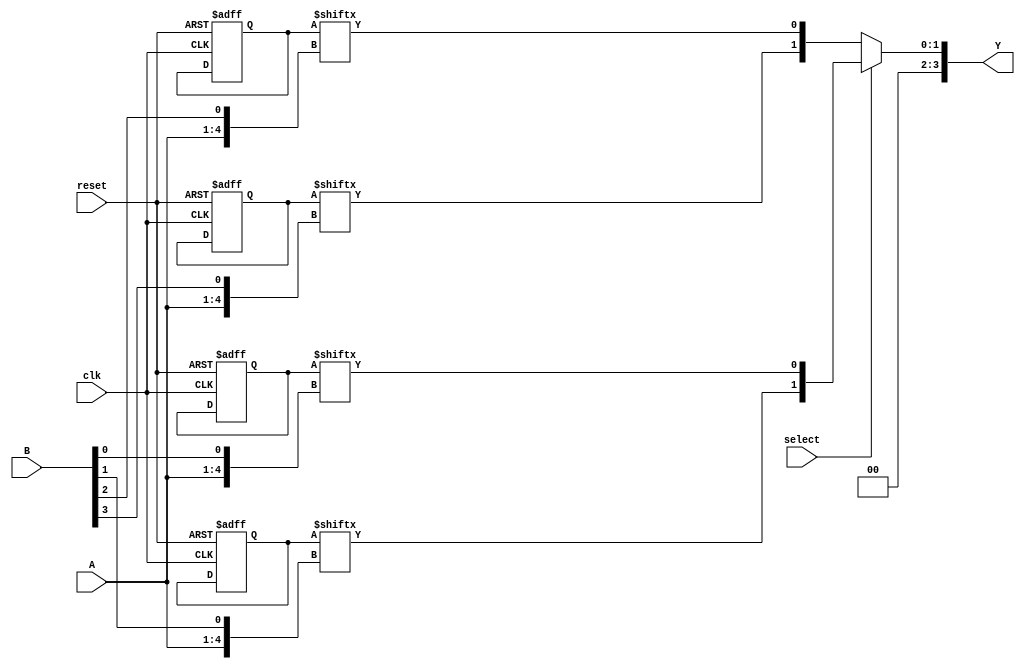
module CLB (
    input  wire [3:0] A,         // Inputs for LUTs
    input  wire [3:0] B,         // Additional inputs for LUTs
    input  wire select,          // MUX select signal
    input  wire clk,             // Clock signal
    input  wire reset,           // Reset signal
    output wire [3:0] Y          // Output signals
);

// Configuration memory for LUTs
reg [15:0] lut_config_1;
reg [15:0] lut_config_2;
reg [15:0] lut_config_3;
reg [15:0] lut_config_4;

// LUTs implementation
wire lut_out_1 = lut_config_1[{A, B[0]}]; // Example 4-input LUT (A0, A1, B0)
wire lut_out_2 = lut_config_2[{A, B[1]}]; // Example 4-input LUT (A0, A1, B1)
wire lut_out_3 = lut_config_3[{A, B[2]}]; // Example 4-input LUT (A0, A1, B2)
wire lut_out_4 = lut_config_4[{A, B[3]}]; // Example 4-input LUT (A0, A1, B3)

// MUX implementation to select output based on 'select' signal
assign Y = (select) ? {lut_out_2, lut_out_1} : {lut_out_4, lut_out_3};

// Reset logic to initialize LUT values
always @(posedge clk or negedge reset) begin
    if (!reset) begin
        // Reset configuration memory to a known state
        lut_config_1 <= 16'hFFFF; // Example LUT configuration
        lut_config_2 <= 16'hAA55; // Example LUT configuration
        lut_config_3 <= 16'h555A; // Example LUT configuration
        lut_config_4 <= 16'h0000; // Example LUT configuration
    end
    // Possible configurations can be updated here based on external conditions
end

endmodule